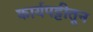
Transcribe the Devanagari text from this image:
कार्यपट्टीतून